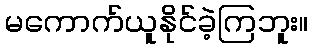
မကောက်ယူနိုင်ခဲ့ကြဘူး။